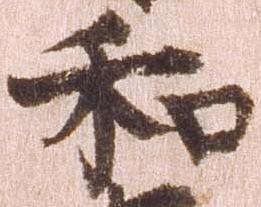
和